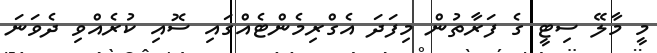
މީ މާލޭ ސިޓީ ގެ ފަރާތުން މިފަދަ އެގްރިމެންޓެއްގައި ސޮއި ކުރެއްވި ދެވަނަ